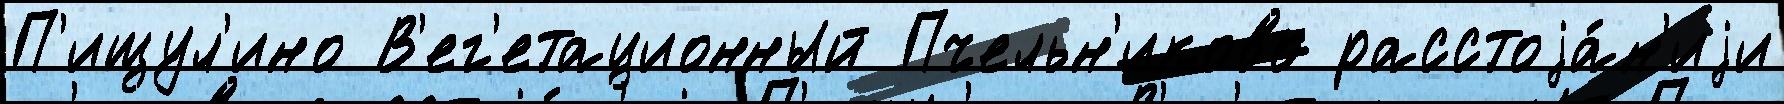
П'ищул'ино В'ег'етационный Пчельн'иково расстоjа́н'иjи